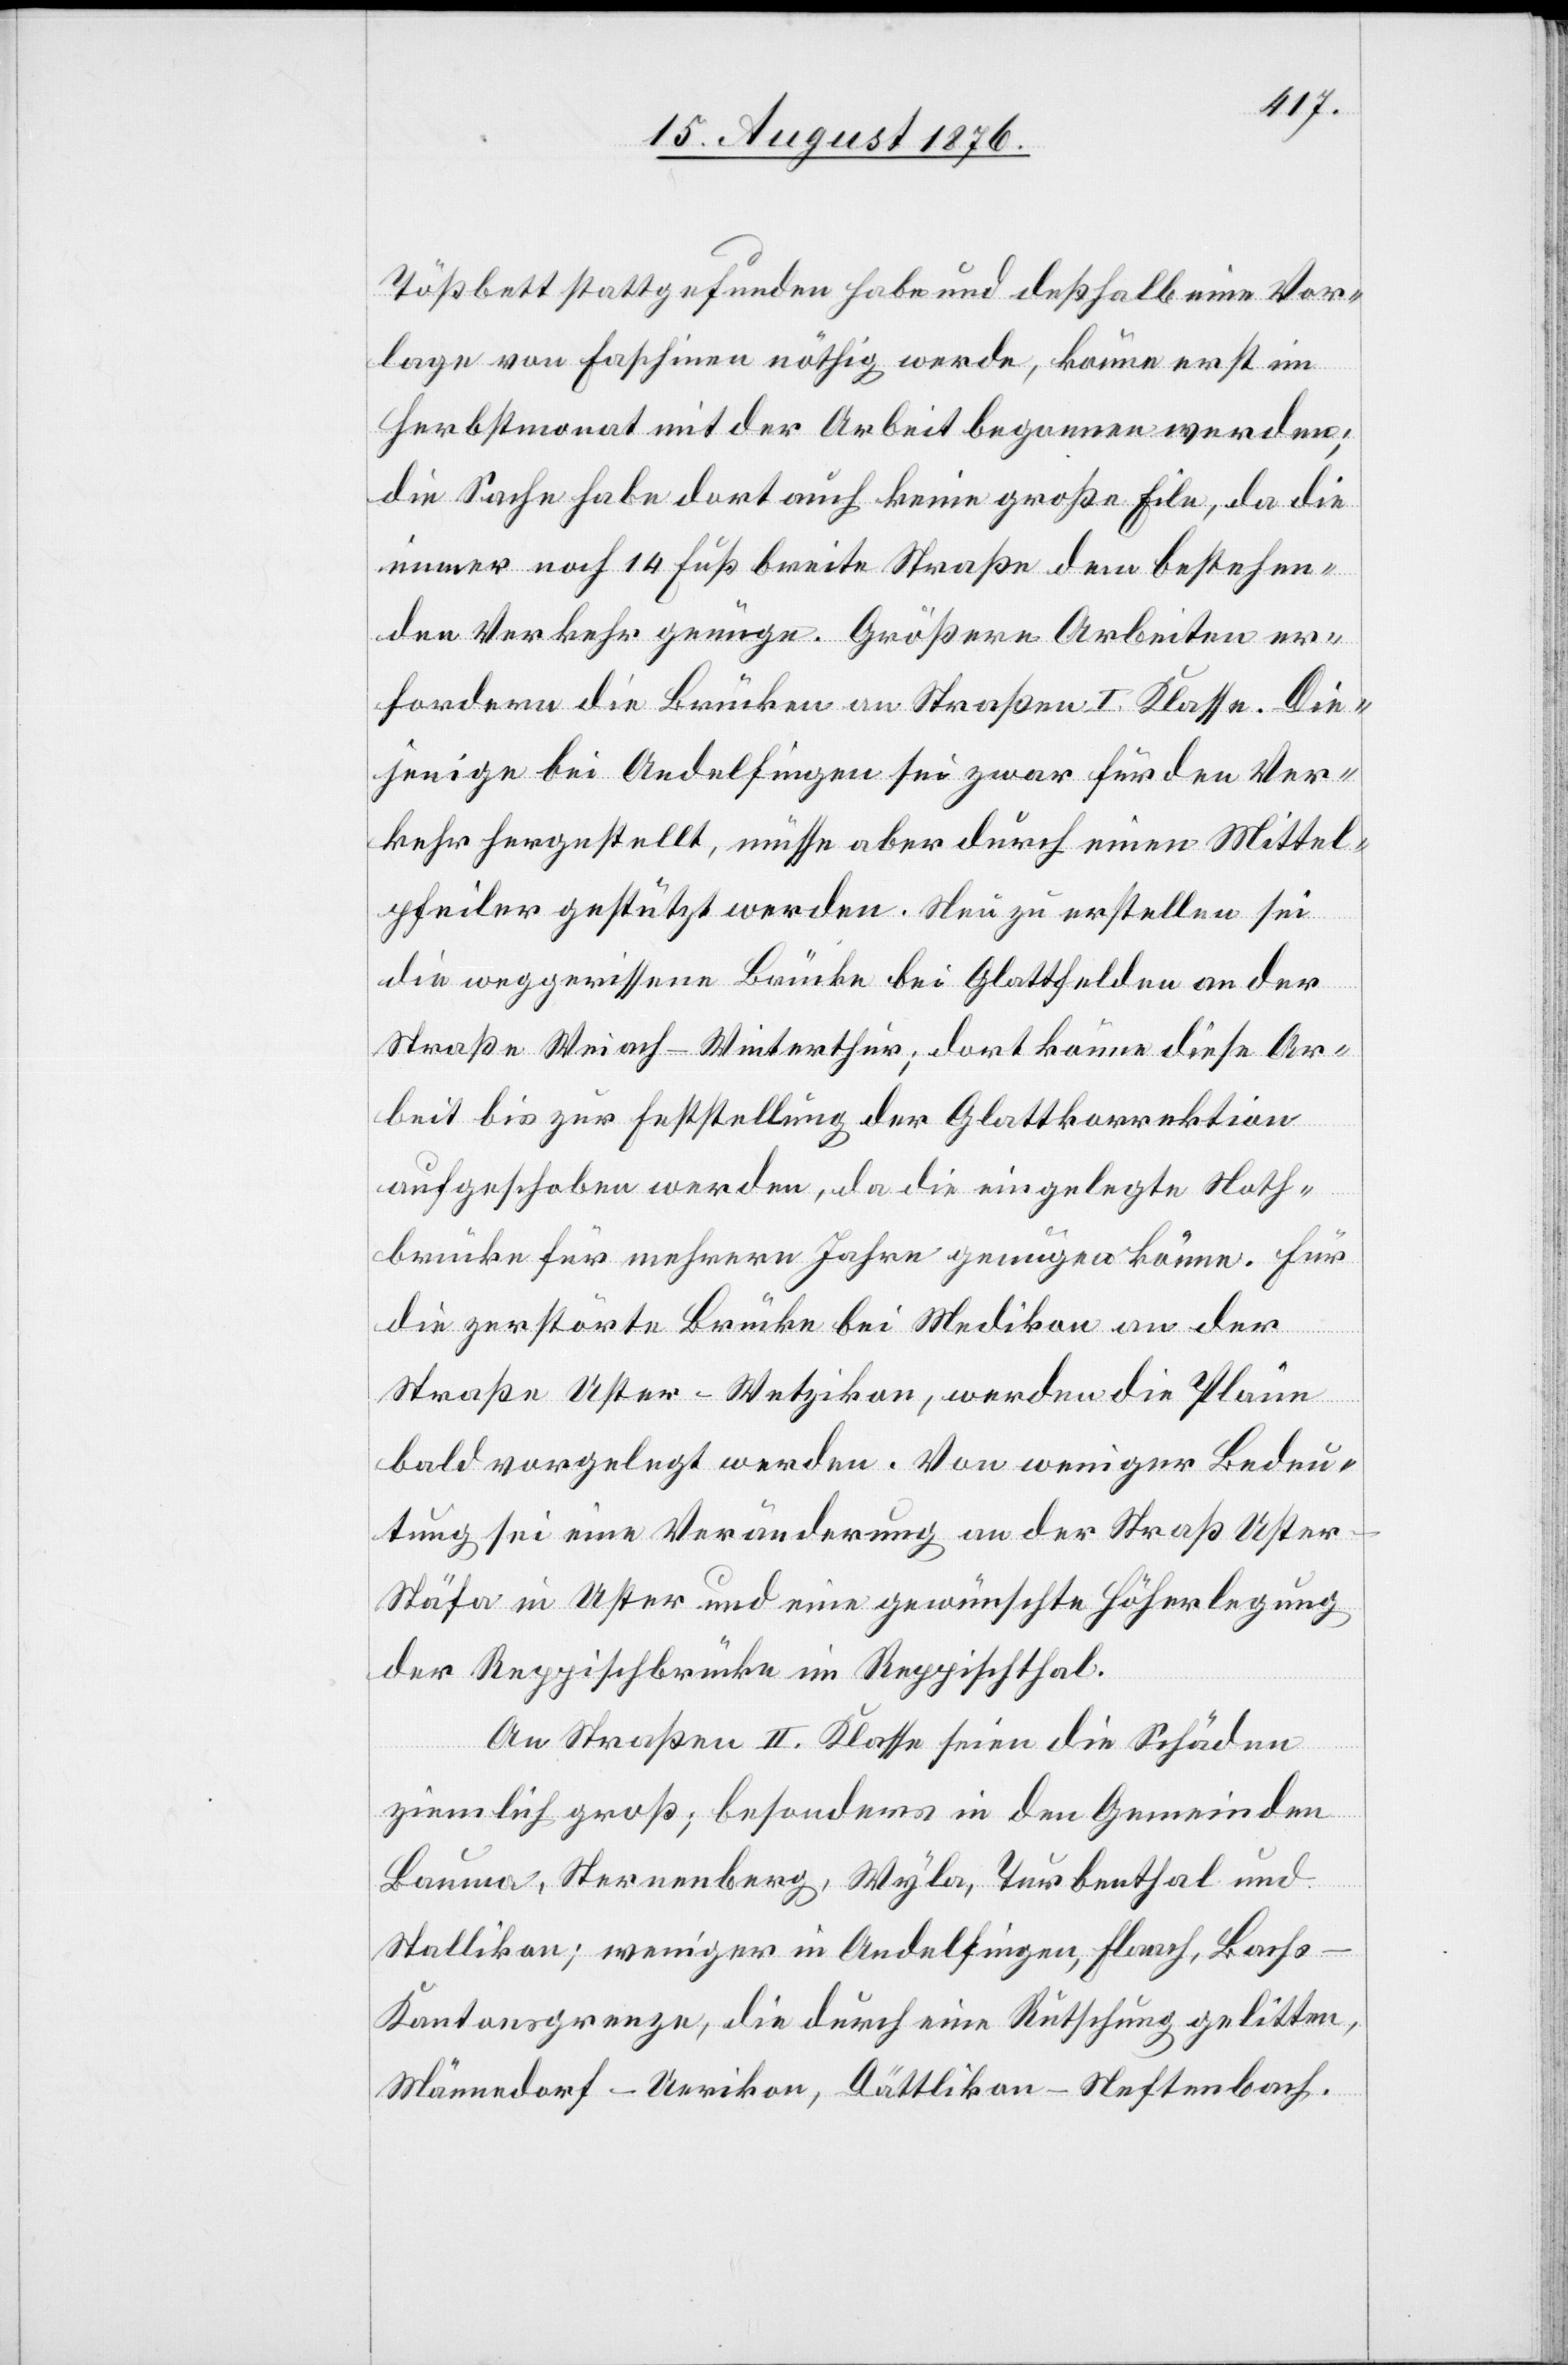
Tößbett stattgefunden habe und deßhalb eine Vor¬
lage von Faschinen nöthig werde, könne erst im
Herbstmonat mit der Arbeit begonnen werden;
die Sache habe dort auch keine große Eile, da die
immer noch 14 Fuß breite Straße dem bestehen¬
den Verkehr genüge. Größere Arbeiten er¬
fordern die Brücken an Straßen I. Klasse. Die¬
jenige bei Andelfingen sei zwar für den Ver¬
kehr hergestellt, müsse aber durch einen Mittel¬
pfeiler gestützt werden. Neu zu erstellen sei
die weggerissene Brücke bei Glattfelden an der
Straße Weiach–Winterthur; dort könne diese Ar¬
beit bis zur Feststellung der Glattkorrektion
aufgeschoben werden, da die eingelegte Noth¬
brücke für mehrere Jahre genügen könne. Für
die zerstörte Brücke bei Medikon an der
Straße Uster–Wetzikon, werden die Pläne
bald vorgelegt werden. Von weniger Bedeu¬
tung sei eine Veränderung der Straß[e] Uster–S¬
täfa in Uster und eine gewünschte Höherlegung
der Reppischbrücke im Reppischthal.
An Straßen II. Klasse seien die Schäden
ziemlich groß; besonders in den Gemeinden
Bauma, Sternenberg, Wyla, Turbenthal und
Stallikon; weniger in Andelfingen, Flaach, Bachs
Kantonsgrenze, die durch eine Rutschung gelitten,
Männedorf - Urikon, Dättlikon - Neftenbach.